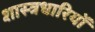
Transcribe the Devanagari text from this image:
शास्त्रधारियों